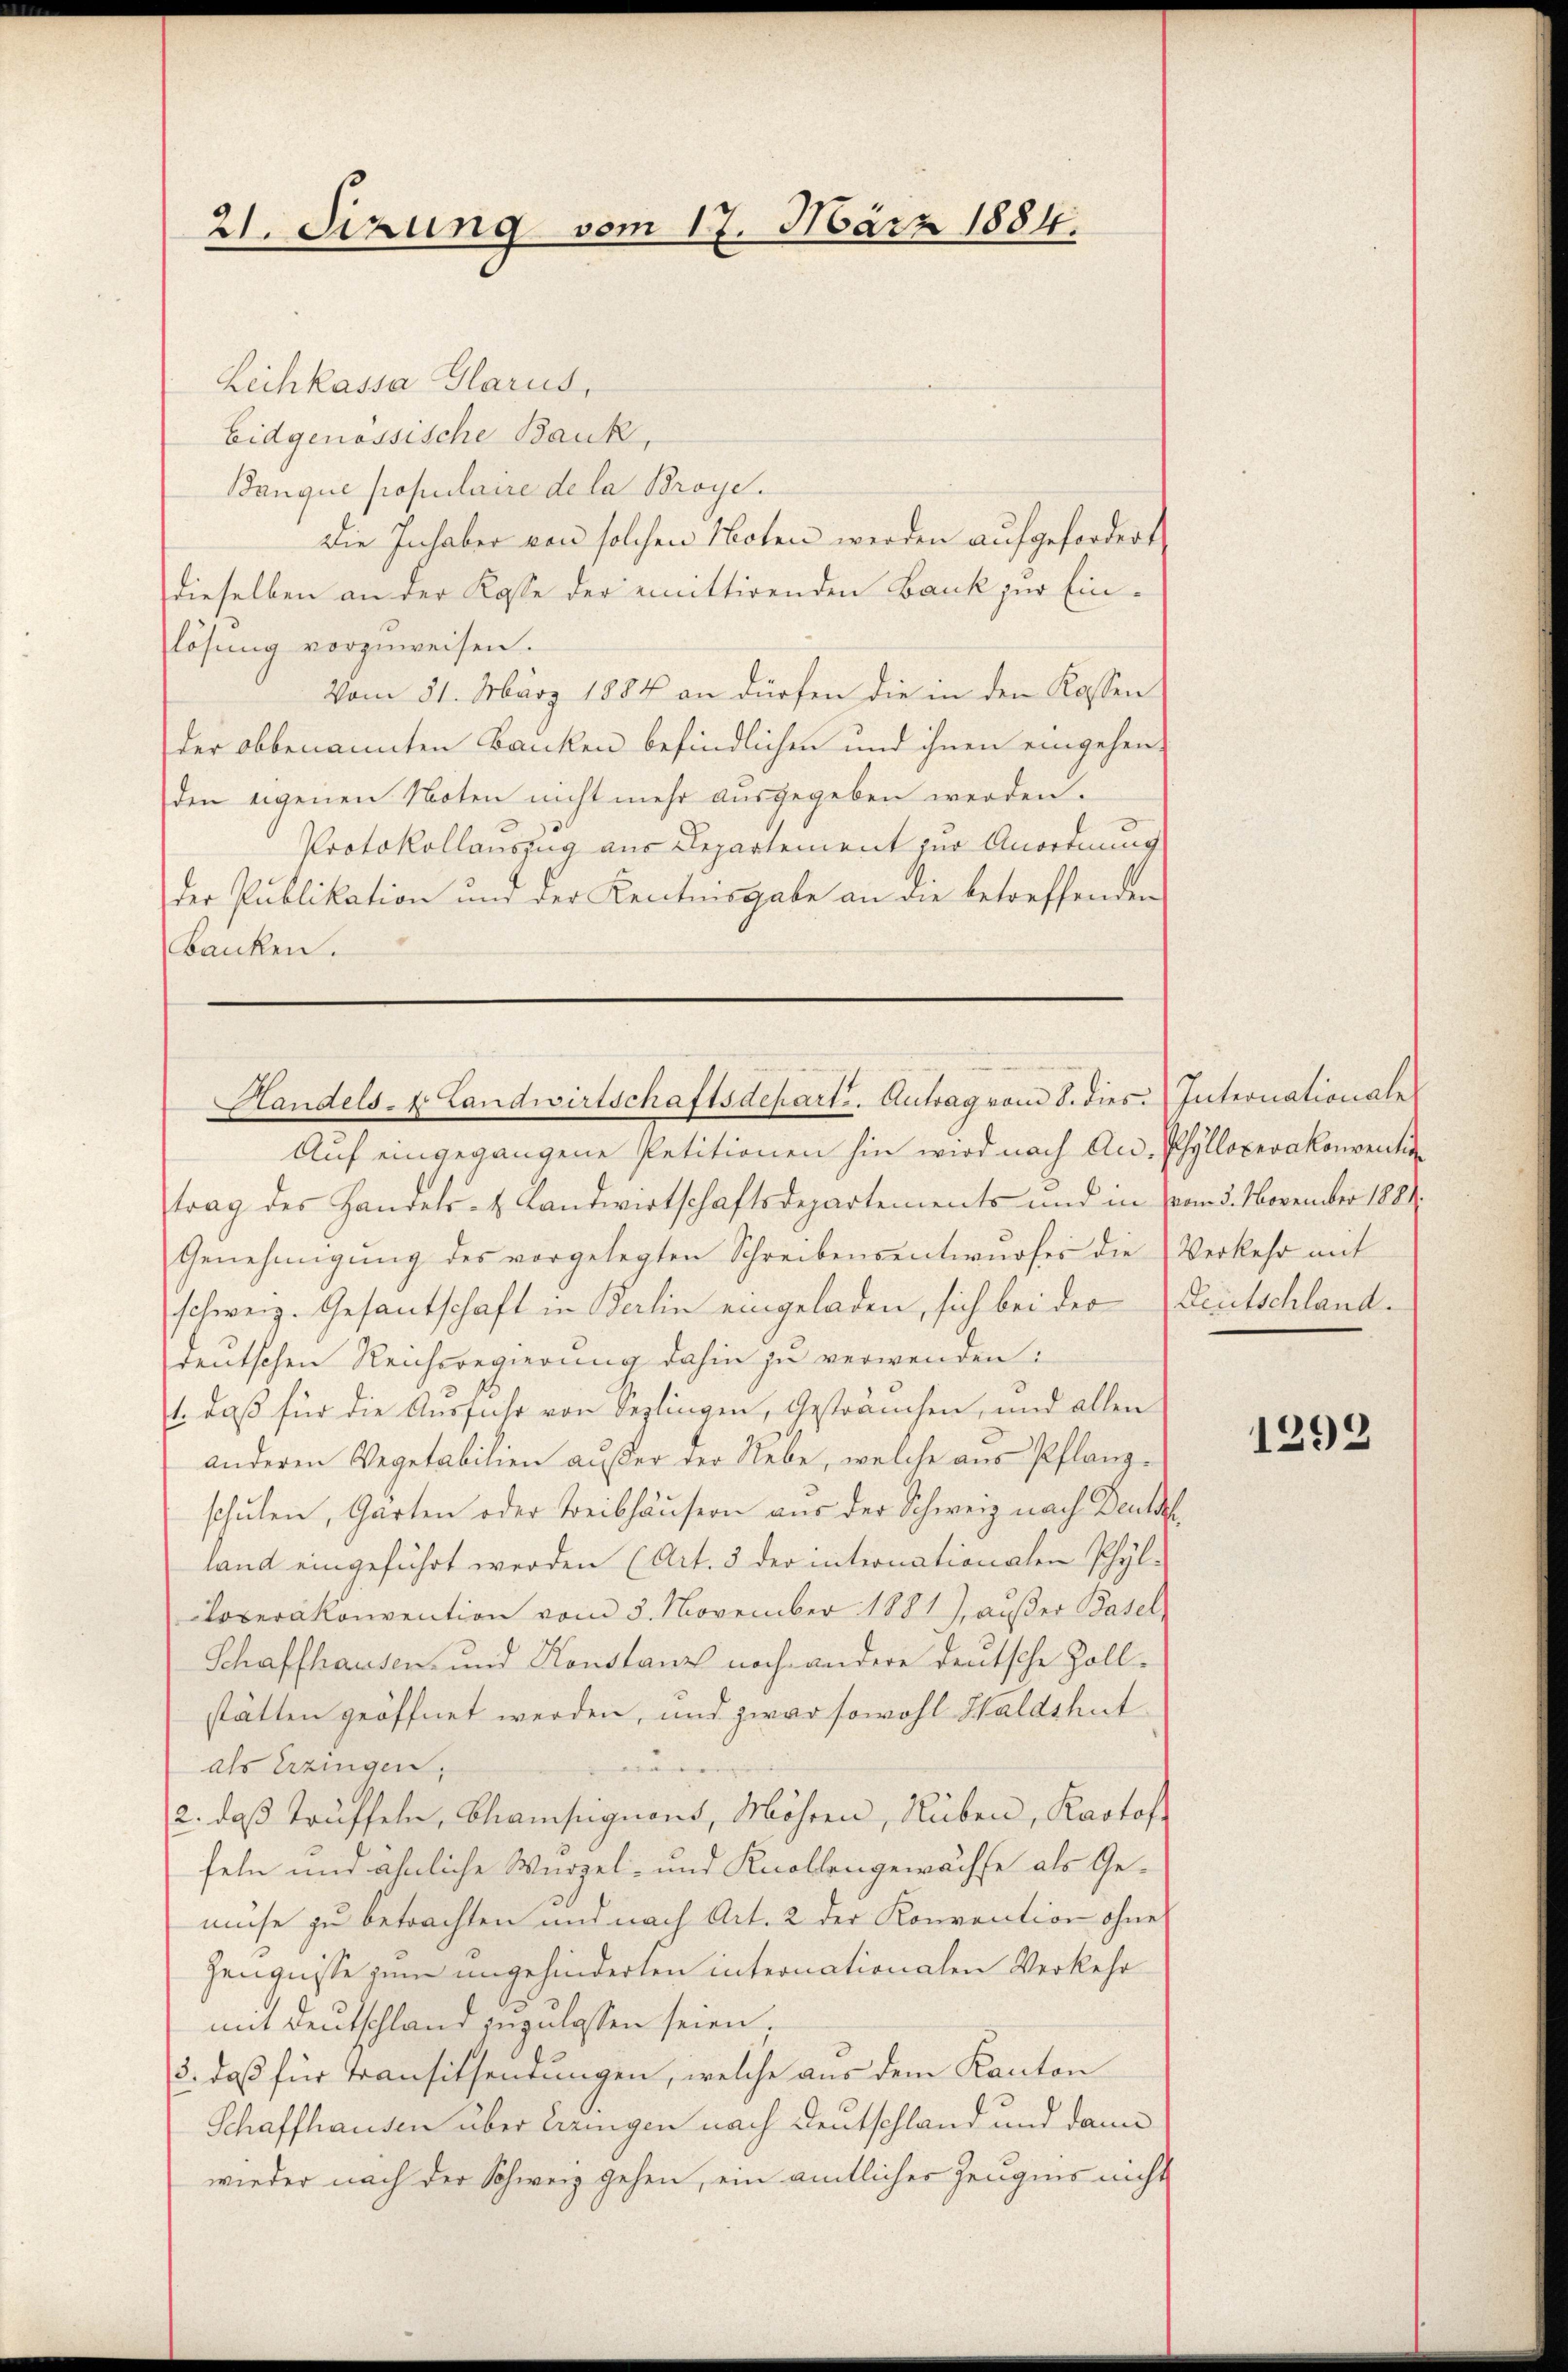
21. Sizung vom 17. März 1884.

Leihkassa Glarus,
Eidgenössische Bank,
Banque populaire de la Broye.
Die Inhaber von solchen Noten werden aufgefordert
dieselben an der Kasse der emittirenden Bank zur Einlösung vorzuweisen.
Vom 31. März 1884 an dürfen die in den Kassen
der obbenannten Banken befindlichen und ihnen eingehen,
den eigenen Noten nicht mehr ausgegeben werden.
Protokollauszug aus Departement zur Anordnung
der Publikation und der Kenntnisgabe an die betreffenden
Banken.

Handels- & Landwirtschaftsdeparti. Antrag vom 8. dies: Internationale

Auf eingegangene Petitionen hin wird nach An- Phylloperakonvention
trag des Handels- & Landwirtschaftsdepartements und in vom 3. November 1889.
Genehmigŭng des vorgelegten Schreibensentwurfes die Verkehr mit
schweiz. Gesantschaft in Berlin eingeladen, sich bei der Deutschlanddeutschen Reichsregierung dahin zu verwenden:
1. daß für die Ausfuhr von Seplingen, gesträuchen, und allen
anderen Vegetabilien außer der Nebe, welche aus Pflanzschulen, Garten oder Treibhäusern aus der Schweiz nach Deuts
land eingeführt werden (Art. 5 der intronationalen Phyl-
Loverakonvention vom 3. November 1881) außer Basel¬
Schaffhausen- und Konstanz noch andere deutsche Zoll-
stätten geöffnet werden, und zwar sowohl Waldshut
a
als Erzingen,
2. daß trüffeln, Chamsigions, Möhren, Rüben, Kartof
feln und ähnliche Wurzel- und Knollengewachse als Gemise zu betrachten und nach Art. 2 der Konvention ohnes
Zeugnisse zum angehinderten internationalen Verkehr
mit Deutschland zuzulassen seien,
3. daß für Transitsendungen, welche aus dem Kanton
Schaffhausen über eringen nach Deutschland und dann
wieder nach der Schweiz gehen, ein amtlicher Zeugnis nicht

1292